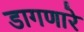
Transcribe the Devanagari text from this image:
डागणारे